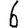
Digit: 6